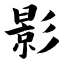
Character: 影